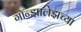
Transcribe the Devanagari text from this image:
गॉन्झालेझच्या